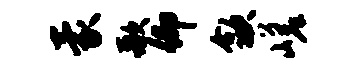
蒙歌仰歙嵯